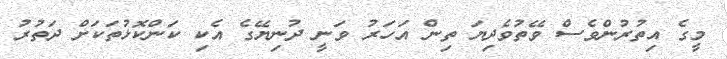
މީގެ އިތުރުންވެސް ވޭތުވެދިޔަ ތިން އަހަރު ވަނީ ދުނިޔޭގެ އެކި ކަންކޮޅުތަކަށް ދަތުރު